Civil Veterinary Department. United Provinces 1912-22 - 1912-1922
Year: 1912
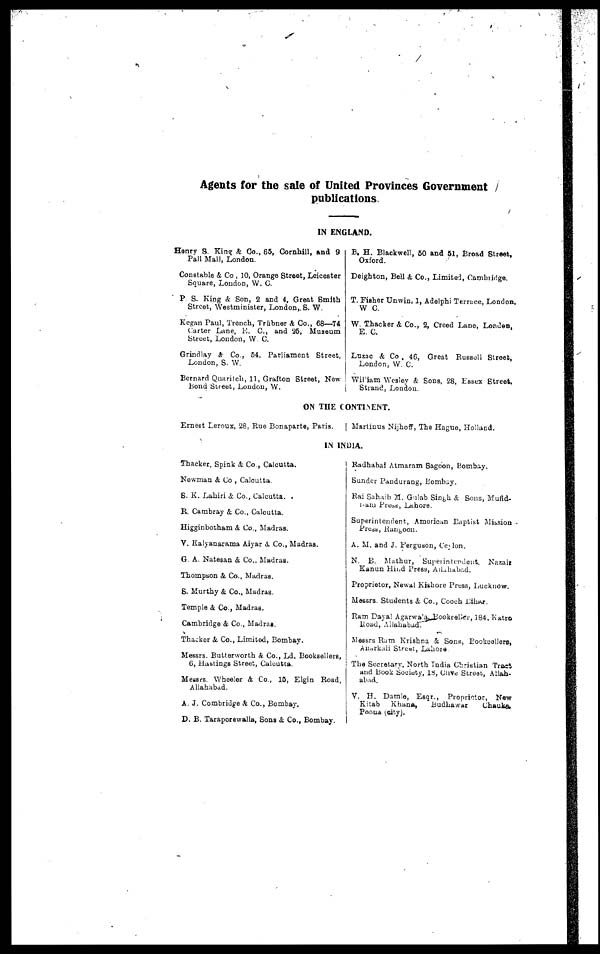
Agents for the sale of United Provinces Government
publications.
IN ENGLAND.
Henry S King & Co., 65, Cornhill, and 9
Pall Mall, London.
Constable & Co , 10, Orange Street, Leicester
Square, London, W. C.
P S. King A Son, 2 and 4, Great Smith
Strcot, Westminister, London,. S. W.
Kogan Paul, Trench, Trubner A Co., 68—74
Carter Line, K. C, and 25, Museum
Street, London, W C.
Grindiay & Co., 54, Parliament Street,
London, S. W.
Bernard Quarilch, 11, Grafton Street, Now-
bond Sireet, London, W.
B. H. Blackwell, 60 and 51, Broad Street,
Oxford.
Deighton, Bell A Co., Limited, Cambiirige.
T. Fisher Unwin, 1, Adelphi Terrace, London,
W C.
W. Thacker & Co., 2, Creed Lane, Londen,
E. C.
Luzac & Co., 46, Great Russell Street,
London, W C.
William Wesley & Sons. 28, Fssex Street,
Strand, London.
ON THE CONTINENT.
Ernest Leroux, 28, Rue Bonaparte, Paris.
Martinus Nijhoff, The Hague, Holland.
IN INDIA.
Thacker, Spink & Co., Calcutta.
Newman & Co., Calcutta.
S. K. Lahiri & Co., Calcutta.
R. Cambray & Co., Calcutta.
Higginbotham & Co., Madras.
V. Kalyanarama Aiyar & Co., Madras.
G. A. Natesan & Co., Madras.
Thompson & Co., Madras.
S. Murthy & Co., Madras.
Temple & Co., Madras.
Cambridge & Co., Madras.
Thacker & Co., Limited, Bombay.
Messrs. Butterworth & Co., Ld. Booksellers,
6, Hastings Street, Calcutta.
Messrs. Wheeler & Co., 10, Elgin Road,
Allahabad.
A.J. Combridge & Co., Bombay.
D. B. Taraporewalla, Sons & Co., Bombay.
Radhabai Atmaram Sagoon, Bombay.
Sunder Pandurang, Bombay.
Rai Sahaib M. Gulab Singh & Sons, Mufid-
i-am Press, Lahore.
Superintendent, American Baptist Mission
Press Rangoon.
A. M. and J. Ferguson, Ceylon.
N. B. Mathur, Superintendent, Nazaiz
Kanun Hind Press, Allahabad.
Proprietor, Newal Kishore Press, Lucknow.
Messrs Students & Co., Cooch Bihar.
Ram Dayal Agarwala. Bookseller, 184, Katro
Road,
Aliahabad.
Messrs Ram Krishna A Sons, Booksellers,
Anurkali Street, Lahore
The Secretary, North India Christian Tract
and Book Society, 18, Clive Street, Allah-
abad.
V. H. Damle, Esqr., Proprictor, New
Kitab
Khana,
Budhawar
Chauka
Poona (city).